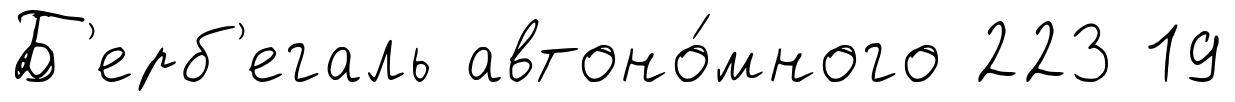
Б'ерб'егаль автоно́много 223 19